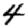
Digit: 4